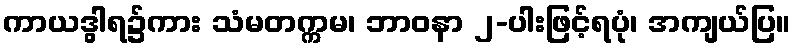
ကာယဒွါရ၌ကား သံမတက္ကမ၊ ဘာဝနာ ၂-ပါးဖြင့်ရပုံ၊ အကျယ်ပြ။